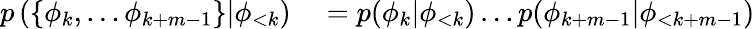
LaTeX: \begin{array}{rl}{p\left(\left\{ \phi_{k},\dots\phi_{k+m-1}\right\} |\phi_{<k}\right)}&{{}=p(\phi_{k}|\phi_{<k})\dots p(\phi_{k+m-1}|\phi_{<k+m-1})}\end{array}